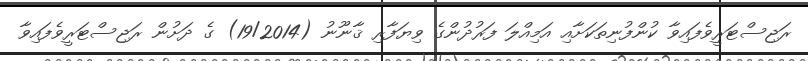
ރަޖިސްޓަރީވެފައިވާ ކުންފުނިތަކަށާއި އަމިއްލަ ފަރުދުންގެ ވިޔަފާރި ޤާނޫނު (19/2014) ގެ ދަށުން ރަޖިސްޓަރީވެފައިވާ